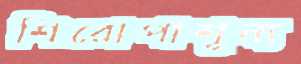
শিরোপাশূন্য